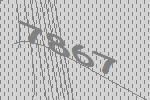
7867